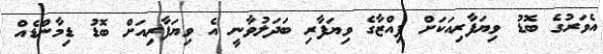
އެވަރުގެ ބޮޑު ވިޔަފާރިއަކަށް ޕިއްޒާގެ ވިޔަފާރި ބަދަލުވާނީ އެ ވިޔަފާރިއަށް ބޮޑު ޑިމާންޑެއް